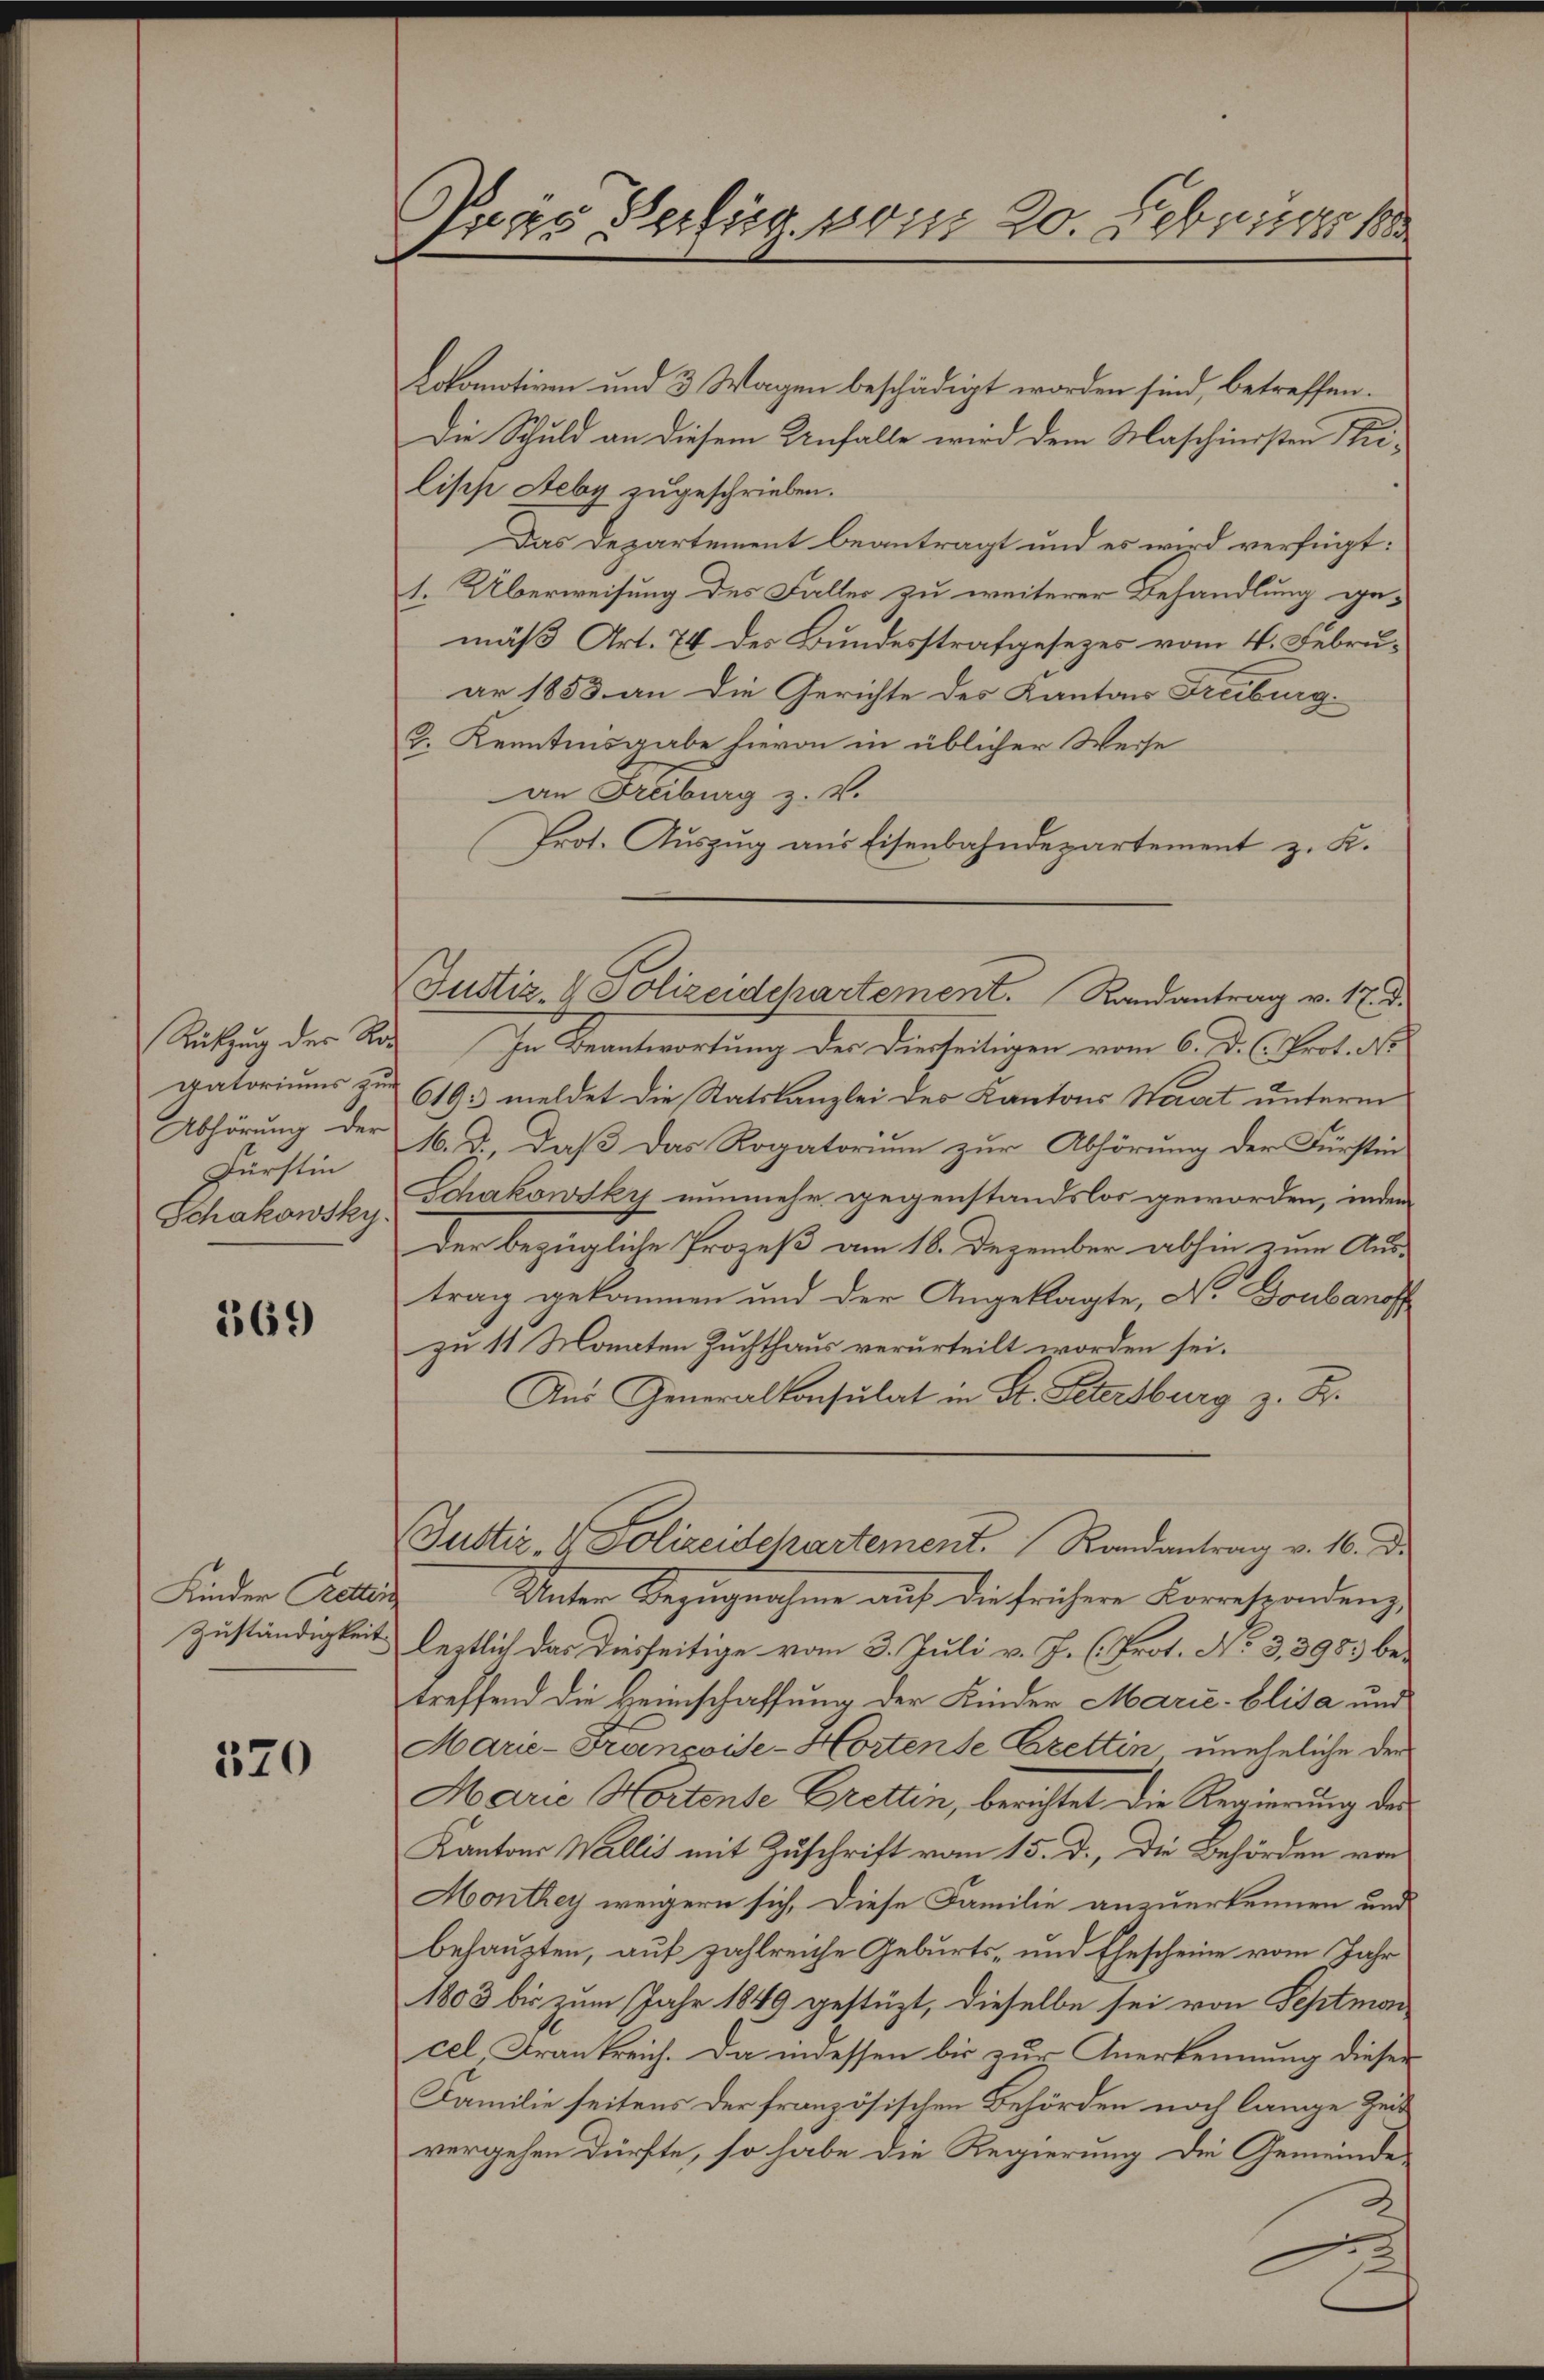
Rükzug der Re
vatoriums zu
Abhörung der
Fürstin
Schakowsky.

369

Kinder Retten
Zuständigkeit

520

Pras, Berling vom 20. Februar 18

Lokomotiven und 3 Wagen beschädigt worden sind, betreffen.
Die Schuld an diesem Unfalle wird dem Maschinisten Nielisch Aeby zugeschrieben.
Das Departement beantragt und es wird verfügt:
1. Überweisung des Faller zu weiterer Behandlung gemäß Art. 74 des Bundesstrafgesezes vom 4. Februar 1853 an die Gerichte des Kantons Freiburg.
2. Kenntnusgabe hievon in üblicher Weise
an Freiburg z. V.
Prot. Auszug aus Eisenbahndepartement z. K.
In Beantwortung der Diesseitigen vom 6. D. C. Prot. N
619. meldet die Statskanzlei der Kantons Haut unterm
M.d., daß das Rogatorium zur Abhörung der Fürstin
Schakowsky nunmehr gegenstandslos geworden, inden
Der bezügliche Prozeß am 18. Dezember abhin zum Aus-
trag gekommen und der Angeklagte, N. Goubanof
zu 11 Monaten Zuchthaus verurteilt worden sei.
Aus Generalkonsulat in St. Petersburg z. B.
Justiz- & Polizeidchartement. Randantrag v. 16. d.
Unter Bezugnahme auf die frühere Korrespondenze
leztlich das diesseitige vom 3. Juli v. J. (Prot. No 3. 398 be-
treffend die Heimschaffung der Kinder Marie-Elisa und
Marie-Francoise-Hortente Brettin uneheliche der
Marie Hortente Gretten, berichtet die Regierung der
Kantons Wallis mit Zuschrift vom 15. d., die Behörden von
Monthey weigern sich, diese Familie anzuerkennen und
behaupten, auf zahlreiche Geburts- und Ehescheine vom Jahr
1803 bis zum Jahr 1849 gestüzt, dieselbe sei von Septmoncel, Frankreich. Da indessen bis zur Anerkennung dieser
Familie seitens der französischen Behörden noch lange Zeit
vergehen dürfte, so habe die Regierung die Gemeinde

Justiz- & Polizeidchartement. Randantrag v. 17. d.